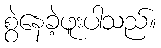
စွဲနေခဲ့ဖူးပါသည်။